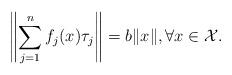
LaTeX: \begin{align*}\left\|\sum_{j=1}^{n}f_j(x)\tau_j\right\|= b\|x\|, \forall x \in \mathcal{X}.\end{align*}